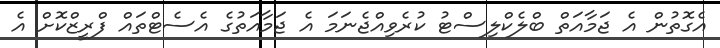
އެގޮތުން އެ ޖަމާއަތް ބްލެކްލިސްޓު ކުރެވިއްޖެނަމަ އެ ޖަމާއަތުގެ އެސެޓްތައް ފްރީޒްކޮށް އެ